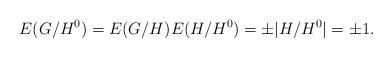
LaTeX: \begin{align*}E(G/H^0) = E(G/H) E(H/H^0) = \pm |H/H^0| = \pm 1.\end{align*}